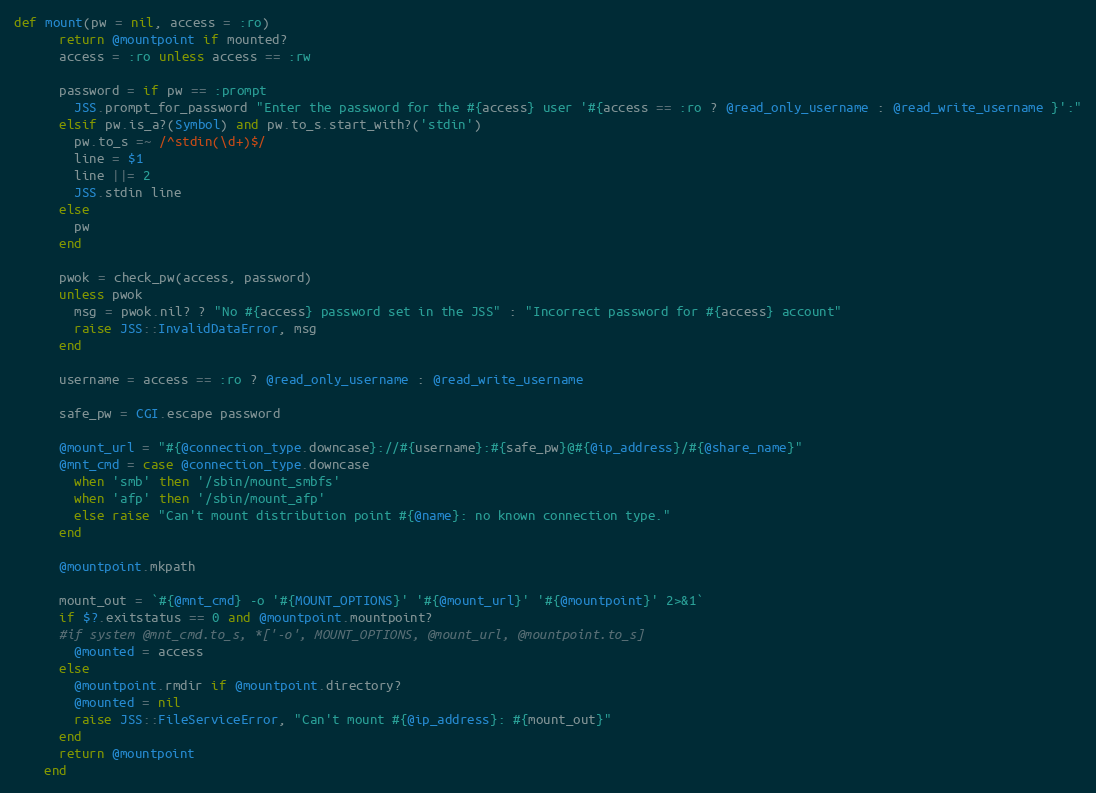
Language: Ruby
def mount(pw = nil, access = :ro)
      return @mountpoint if mounted?
      access = :ro unless access == :rw

      password = if pw == :prompt
        JSS.prompt_for_password "Enter the password for the #{access} user '#{access == :ro ? @read_only_username : @read_write_username }':"
      elsif pw.is_a?(Symbol) and pw.to_s.start_with?('stdin')
        pw.to_s =~ /^stdin(\d+)$/
        line = $1
        line ||= 2
        JSS.stdin line
      else
        pw
      end

      pwok = check_pw(access, password)
      unless pwok
        msg = pwok.nil? ? "No #{access} password set in the JSS" : "Incorrect password for #{access} account"
        raise JSS::InvalidDataError, msg
      end

      username = access == :ro ? @read_only_username : @read_write_username

      safe_pw = CGI.escape password

      @mount_url = "#{@connection_type.downcase}://#{username}:#{safe_pw}@#{@ip_address}/#{@share_name}"
      @mnt_cmd = case @connection_type.downcase
        when 'smb' then '/sbin/mount_smbfs'
        when 'afp' then '/sbin/mount_afp'
        else raise "Can't mount distribution point #{@name}: no known connection type."
      end

      @mountpoint.mkpath

      mount_out = `#{@mnt_cmd} -o '#{MOUNT_OPTIONS}' '#{@mount_url}' '#{@mountpoint}' 2>&1`
      if $?.exitstatus == 0 and @mountpoint.mountpoint?
      #if system @mnt_cmd.to_s, *['-o', MOUNT_OPTIONS, @mount_url, @mountpoint.to_s]
        @mounted = access
      else
        @mountpoint.rmdir if @mountpoint.directory?
        @mounted = nil
        raise JSS::FileServiceError, "Can't mount #{@ip_address}: #{mount_out}"
      end
      return @mountpoint
    end